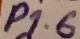
Text: P1.6